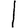
Digit: 1